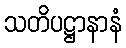
သတိပဋ္ဌာနာနံ